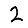
Digit: 2